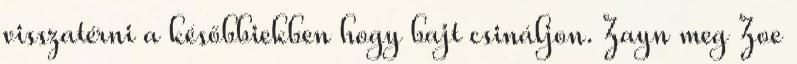
visszatérni a későbbiekben hogy bajt csináljon. Zayn meg Zoe